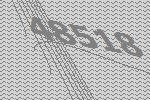
48518